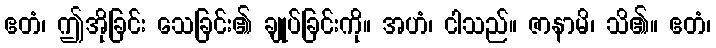
ဧတံ၊ ဤအိုခြင်း သေခြင်း၏ ချုပ်ခြင်းကို။ အဟံ၊ ငါသည်။ ဇာနာမိ၊ သိ၏။ ဧတံ၊